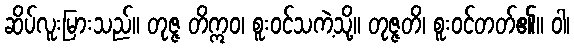
ဆိပ်လူးမြားသည်။ တုဇ္ဇ တိဣဝ၊ စူးဝင်သကဲ့သို့။ တုဇ္ဇတိ၊ စူးဝင်တတ်၏။ ဝါ၊